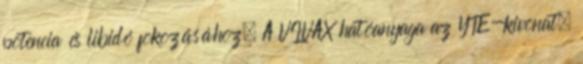
potencia és libidó fokozásához. A VIVAX hatóanyaga az YTE-kivonat,